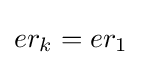
er_{k}=er_{1}